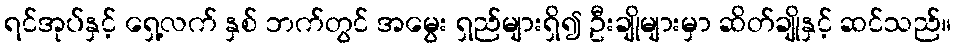
ရင်အုပ်နှင့် ရှေ့လက် နှစ် ဘက်တွင် အမွေး ရှည်များရှိ၍ ဦးချိုများမှာ ဆိတ်ချိုနှင့် ဆင်သည်။